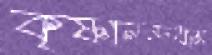
কৃষ্ণানন্দধাম